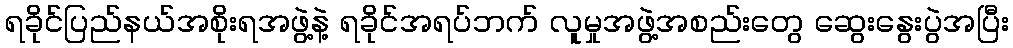
ရခိုင်ပြည်နယ်အစိုးရအဖွဲ့နဲ့ ရခိုင်အရပ်ဘက် လူမှုအဖွဲ့အစည်းတွေ ဆွေးနွေးပွဲအပြီး